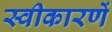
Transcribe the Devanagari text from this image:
स्वीकारणें